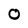
Character: O